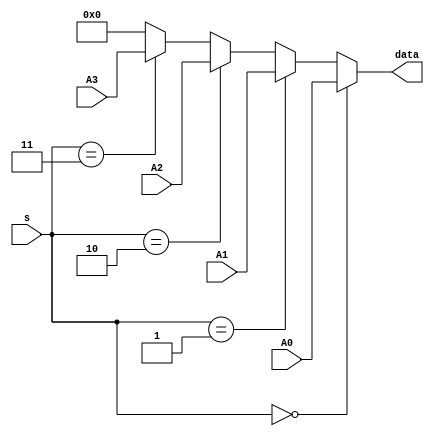
`timescale 1ns / 1ps
//////////////////////////////////////////////////////////////////////////////////
// Company: 
// Engineer: 
// 
// Design Name: 
// Module Name: BR_4_MUX_41
// Project Name: 
// Target Devices: 
// Tool Versions: 
// Description: 
// 
// Dependencies: 
// 
// Revision:
// Revision 0.01 - File Created
// Additional Comments:
// 
//////////////////////////////////////////////////////////////////////////////////


module BR_4_MUX_41(output [3:0]data,input [1:0]s,input [3:0]A0,A1,A2,A3);
    
assign data = (s==2'b00)?A0:
        (s == 2'b01) ? A1 :
        (s == 2'b10) ? A2 :
        (s == 2'b11) ? A3 :
        2'b00;
    
endmodule